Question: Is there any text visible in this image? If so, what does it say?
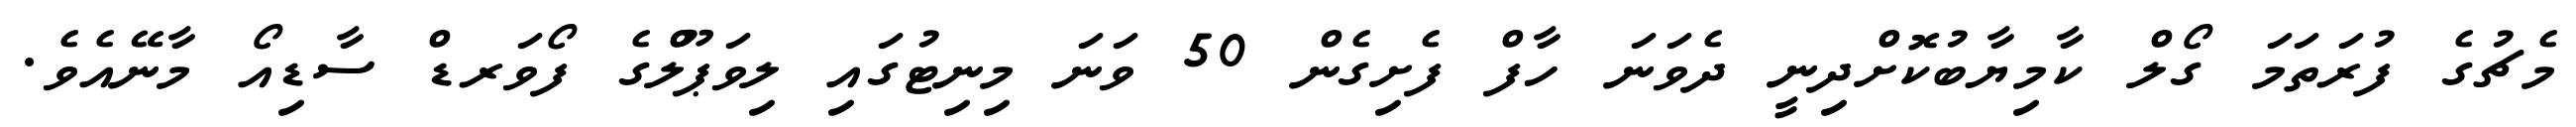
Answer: މެޗުގެ ފުރަތަމަ ގޯލް ކާމިޔާބުކޮށްދިނީ ދެވަނަ ހާފް ފެށިގެން 50 ވަނަ މިނިޓުގައި ލިވަޕޫލްގެ ފޯވަރޑް ސާޑިއޯ މާނޭއެވެ.